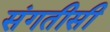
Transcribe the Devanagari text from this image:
संगतीसी